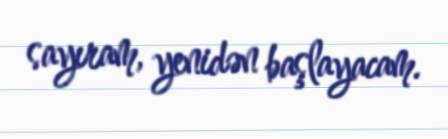
sayıram, yenidən başlayacam.